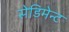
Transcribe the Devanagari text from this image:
सेडिमेन्ट